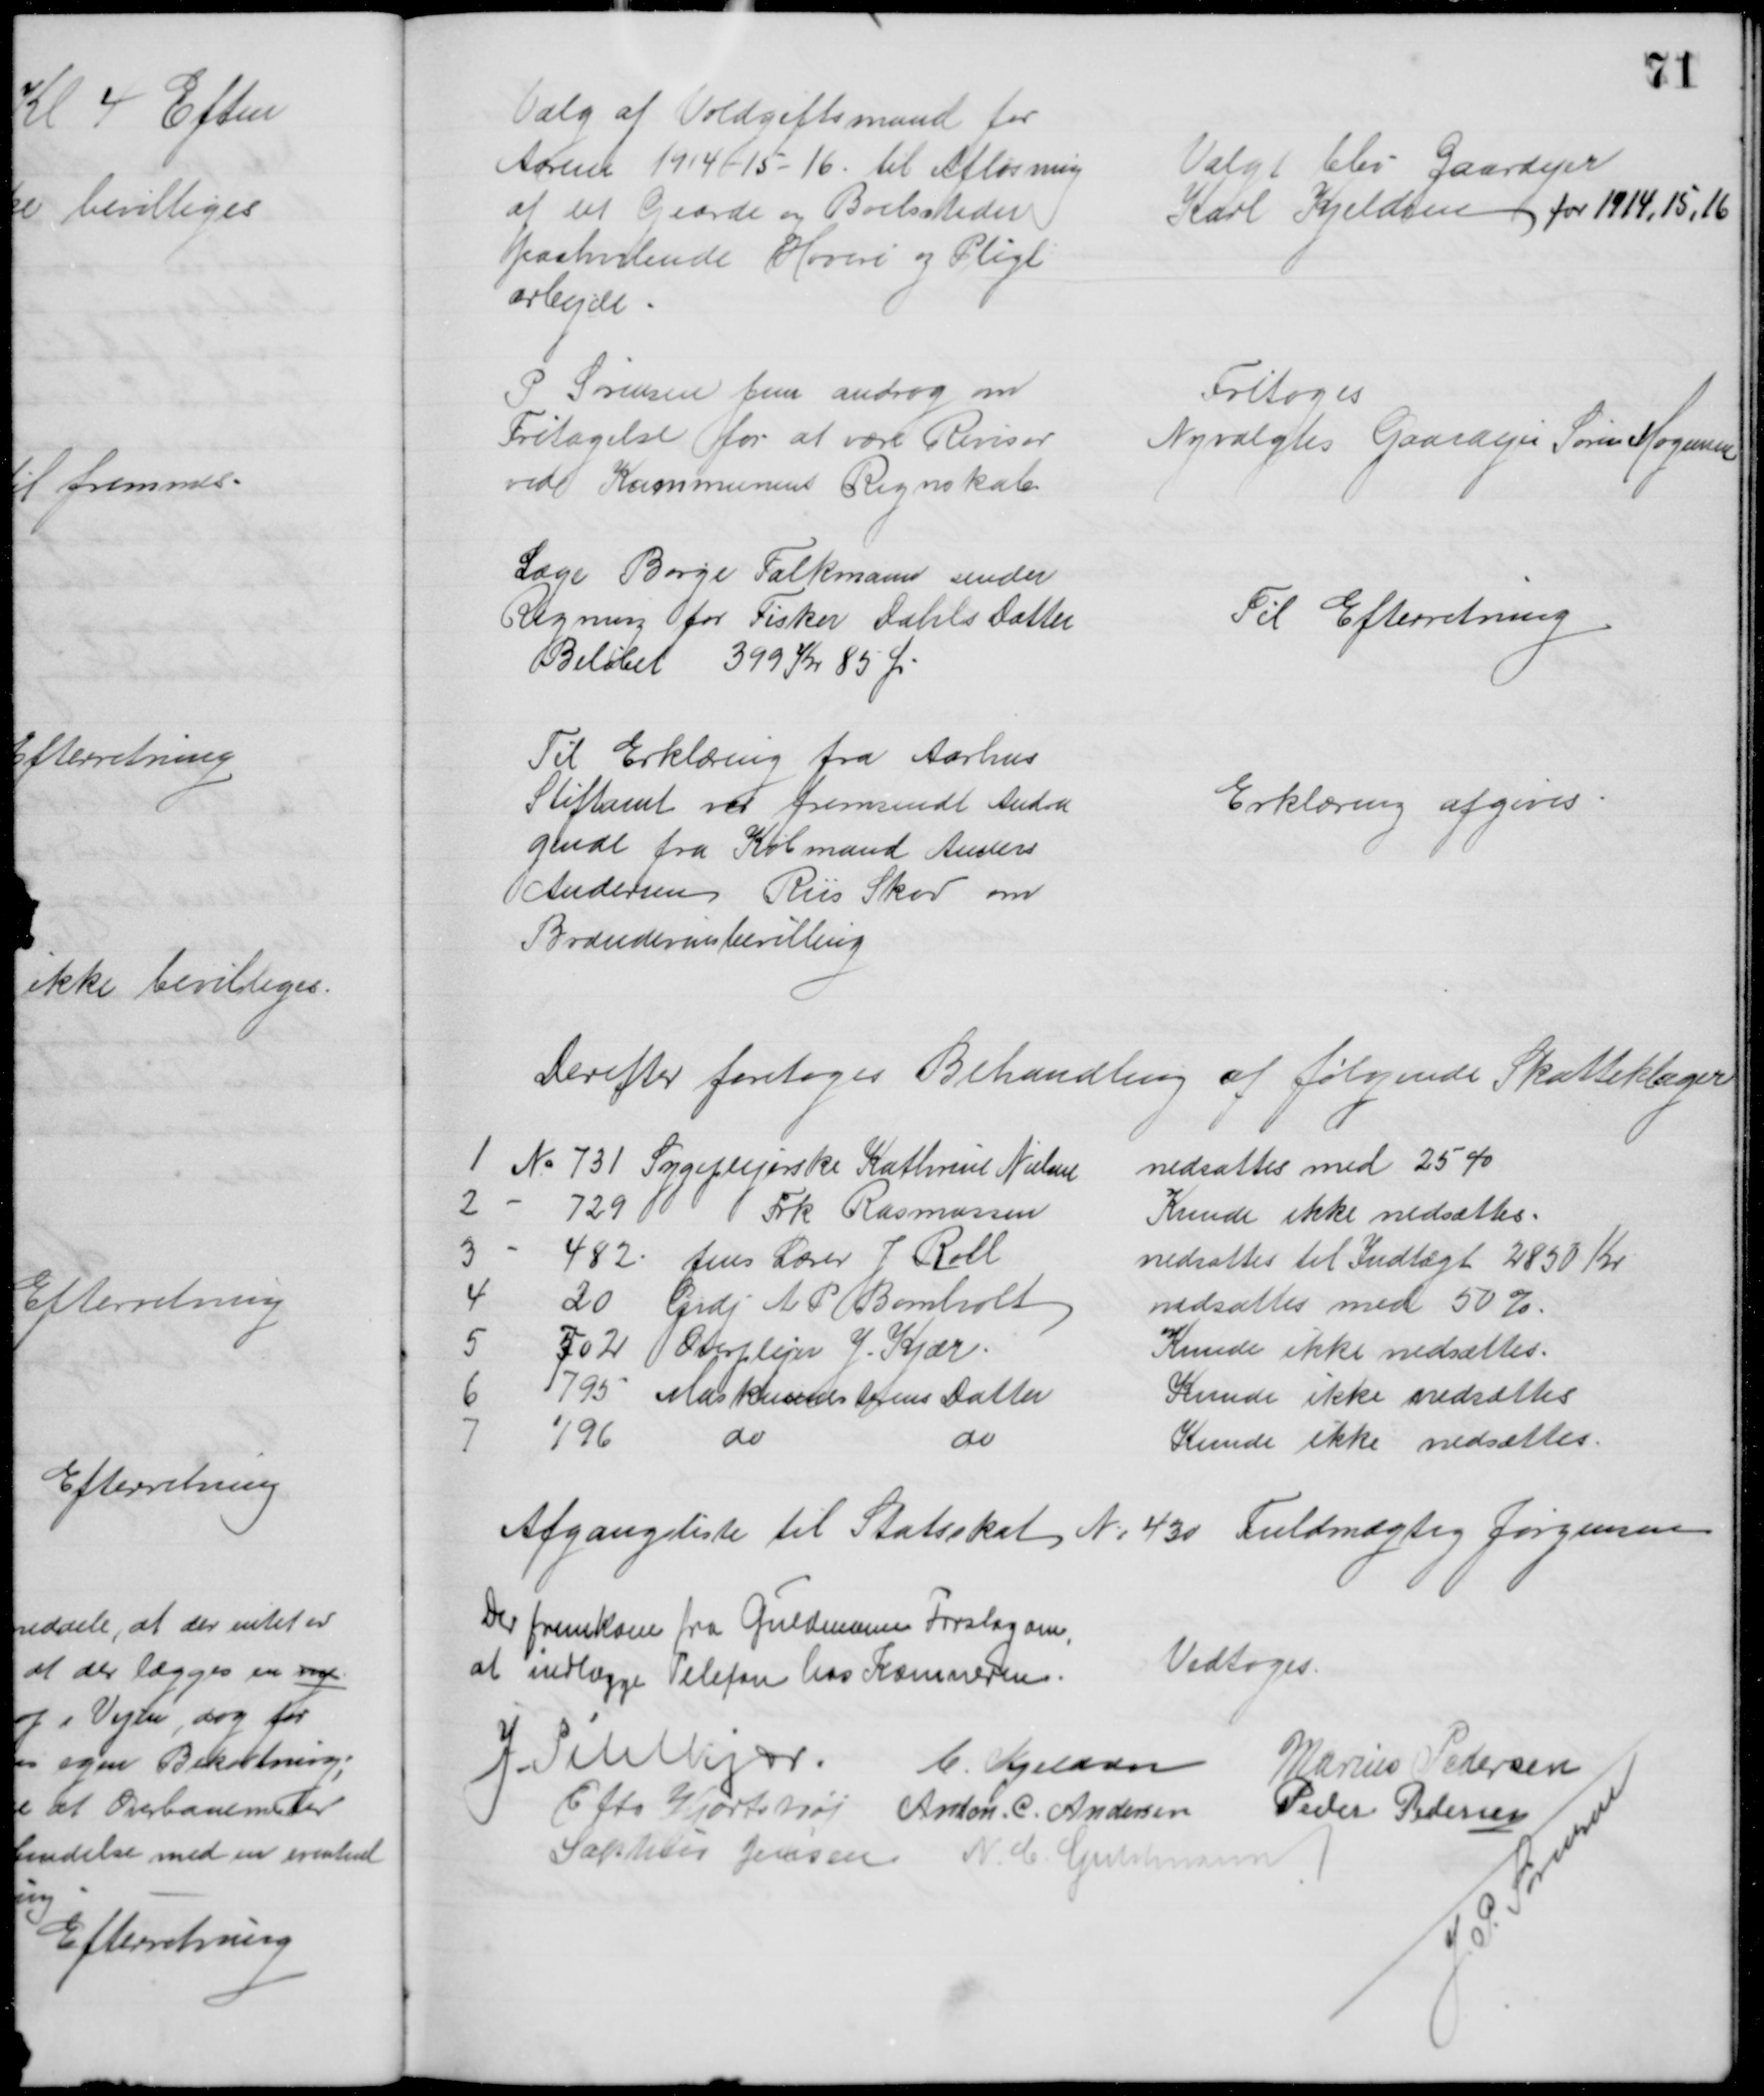
Transskription:
Valg af Voldgiftsmand for
Aarene 1914 -15-16 til Afløsning
af det Gaarde og Boelssteder
paahvilende Hoveri og Pligt
arbejde
Valgt blev Gaardejer
Karl Kjeldsen for 1914, 15, 16
P Sørensen Jun androg om
Fritagelse for at være Revisor
ved Kommunens Regnskab
Fritoges
Nyvalgtes Gaardejer Søren Mogensen
Læge Børge Falkmann sender
Regning for Fisker Dahls Datter
Beløbet 399 Kr 85 Ør
Til Efterretning
Til Erklæring fra Aarhus
Stiftamt ved fremsendt Andra
gende fra Købmand Anders
Andersen Riis Skov om
Brændevinsbevilling
Erklæring afgives.
Derefter foretoges Behandling af følgende Skatteklager
1. No 731 Sygeplejerske Kathrine Nielsen
nedsattes med 25%
2 
729 
Frk Rasmussen
Kunde ikke nedsættes.
3
482 pens Lærer J. Roll
nedsattes til Indtægt 2850 Kr
4
20 Grdj. A. P. Bomholt
nedsættes med 50 %.
5
502 Overplejer J. Kjær
Kunde ikke nedsættes.
6
795 Maskinmesterens Datter
Kunde ikke nedsættes
7
796
do
do
Kunde ikke nedsættes.
Afgangsliste til Statsskat № 430 Fuldmægtig Jørgensen
Der fremkom fra Guldmann Forslag om,
at indlægge Telefon hos Kæmneren.
Vedtoges.
J. Pihlkjær. C. Kjeldsen
Marius Pedersen
Otto Hjortshøj Anton. C. Andersen Peder Pedersen
Sophus Jensen N. C. Guldmann
J. P. Sørensen